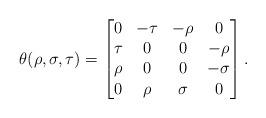
LaTeX: \begin{align*}\theta(\rho,\sigma,\tau)=\begin{bmatrix}0&-\tau&-\rho&0\\\tau&0&0&-\rho\\\rho&0&0&-\sigma\\0&\rho&\sigma&0\end{bmatrix}.\end{align*}